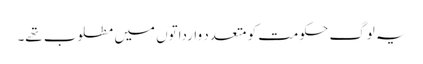
یہ لوگ حکومت کو متعدد وارداتوں میں مطلوب تھے۔